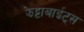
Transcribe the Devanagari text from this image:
झेट्टाबाईट्स